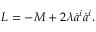
L = - M + 2 \lambda \dot { a } ^ { i } \dot { a } ^ { i } .